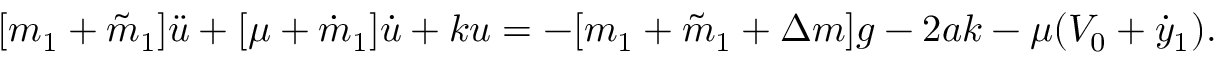
[ m _ { 1 } + \tilde { m } _ { 1 } ] \ddot { u } + [ \mu + \dot { m } _ { 1 } ] \dot { u } + k u = - [ m _ { 1 } + \tilde { m } _ { 1 } + \Delta m ] g - 2 a k - \mu ( V _ { 0 } + \dot { y } _ { 1 } ) . \; \;